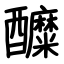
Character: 醾